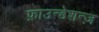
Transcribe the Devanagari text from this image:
फ़ाउन्डेशन्ज़